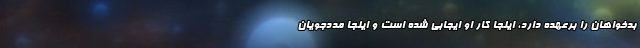
بدخواهان را برعهده دارد، اینجا کار او ایجابی شده است و اینجا مددجویان